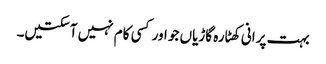
بہت پرانی کھٹارہ گاڑیاں جو اور کسی کام نہیں آسکتیں۔